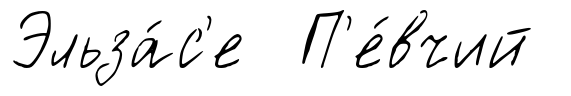
Эльза́с'е П'е́вчий